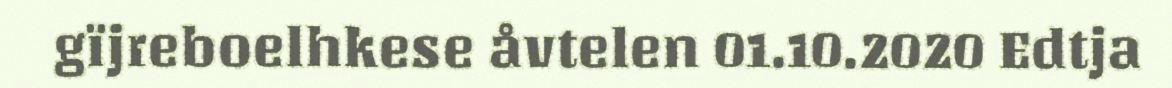
gïjreboelhkese åvtelen 01.10.2020 Edtja